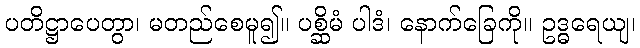
ပတိဋ္ဌာပေတွာ၊ မတည်စေမူ၍။ ပစ္ဆိမံ ပါဒံ၊ နောက်ခြေကို။ ဥဒ္ဓရေယျ၊